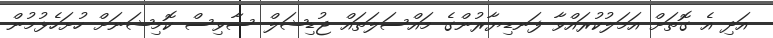
އަދި އެ ގޮތަށް އަމަލުކުރައްވާ ފަނޑިޔާރުންގެ މައްސަލަތައް ޖުޑިޝަލް ސާވިސް ކޮމިޝަނަށް ހުށަހެޅުމުން